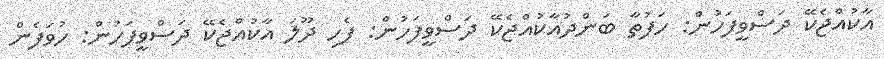
އާކުއްޖެކޭ ދަސްވީފަހުން: ހަފުތާ ބަންދުއާކުއްޖެކޭ ދަސްވީފަހުން: ފެހި ދޫލަ އާކުއްޖެކޭ ދަސްވީފަހުން: ހުވަފެން